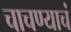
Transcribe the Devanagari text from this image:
चाचण्याचं